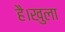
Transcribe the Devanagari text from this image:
है।खुला